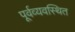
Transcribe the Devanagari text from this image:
पूर्वव्यवस्थित